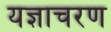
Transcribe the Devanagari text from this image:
यज्ञाचरण